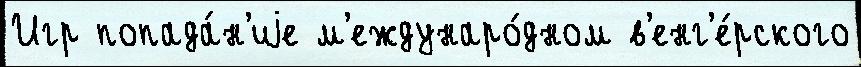
Игр попада́н'иjе м'еждунаро́дном в'енг'е́рского